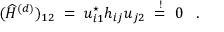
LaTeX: ( \widehat { H } ^ { ( d ) } ) _ { 1 2 } \; = \; u _ { i 1 } ^ { \star } h _ { i j } u _ { j 2 } \; \stackrel { ! } { = } \; 0 \; \; \; .